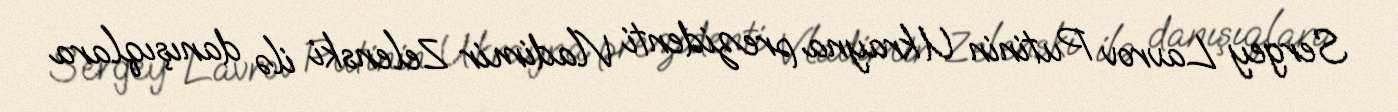
Sergey Lavrov Putinin Ukrayna prezidenti Vladimir Zelenski ilə danışıqlara